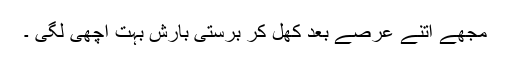
مجھے اتنے عرصے بعد کھل کر برستی بارش بہت اچھی لگی ۔